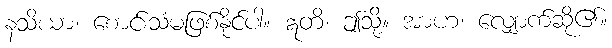
နသိယာ၊ စောင်းသံမဖြစ်နိုင်ပါ။ ဣတိ၊ ဤသို့။ အာဟ၊ လျှောက်ဆို၏။